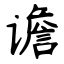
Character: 谵